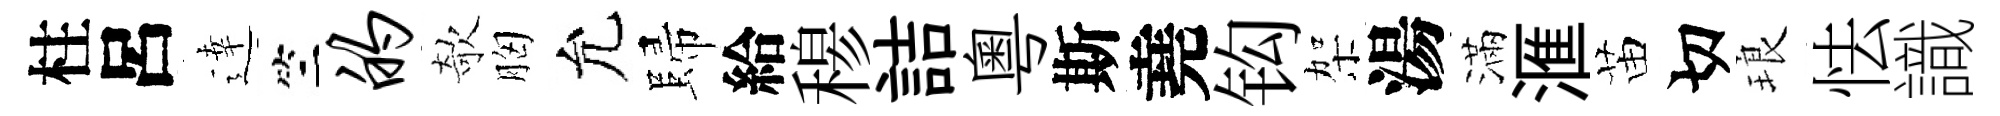
柱呂逹竺的欹胸允歸給𥠇詰粤斯堯钩架湯滿滙苗切琅怯識